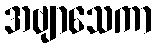
အဗျာသေကာ